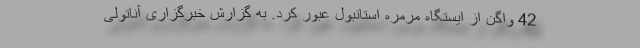
42 واگن از ایستگاه مرمره استانبول عبور کرد. به گزارش خبرگزاری آناتولی